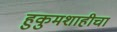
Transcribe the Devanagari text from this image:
हुकुमशाहीचा